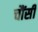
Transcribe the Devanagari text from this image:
चौंसी